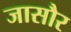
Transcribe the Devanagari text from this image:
जासौर